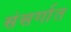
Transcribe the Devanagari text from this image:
संसर्गात